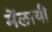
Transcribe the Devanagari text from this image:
मेंलायी